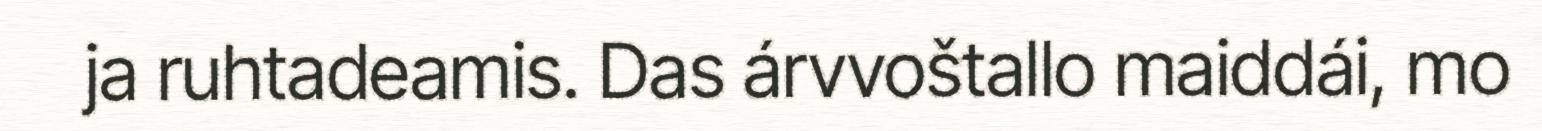
ja ruhtadeamis. Das árvvoštallo maiddái, mo